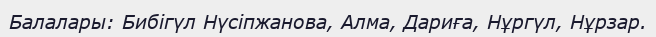
Балалары: Бибігүл Нүсіпжанова, Алма, Дариға, Нұргүл, Нұрзар.